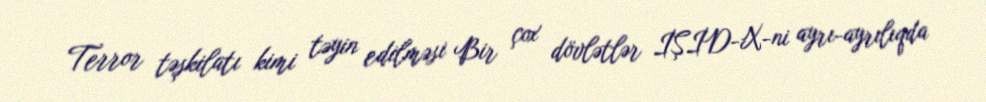
Terror təşkilatı kimi təyin edilməsi Bir çox dövlətlər İŞİD-X-ni ayrı-ayrılıqda